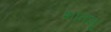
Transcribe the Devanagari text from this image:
शांतनू